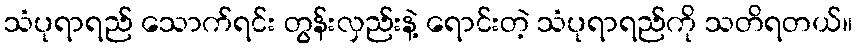
သံပုရာရည် သောက်ရင်း တွန်းလှည်းနဲ့ ရောင်းတဲ့ သံပုရာရည်ကို သတိရတယ်။